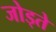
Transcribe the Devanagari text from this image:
जोड्ते